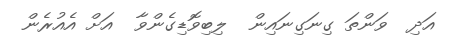
އަދި  ވަންތަ ގިނަގިނައިން  ލިބިވޮޑިގެންވާ  އަށް އެއުރެން